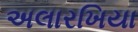
અલારખિયા